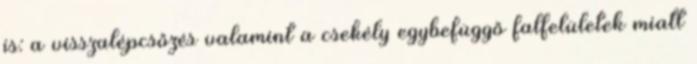
is: a visszalépcsőzés valamint a csekély egybefüggő falfelületek miatt